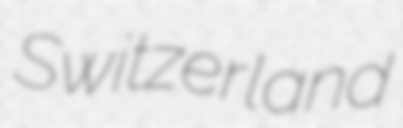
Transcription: Switzerland